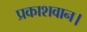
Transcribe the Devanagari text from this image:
प्रकाशवान।